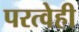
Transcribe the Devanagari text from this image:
परत्वेही